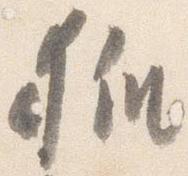
狐